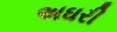
અઘરી